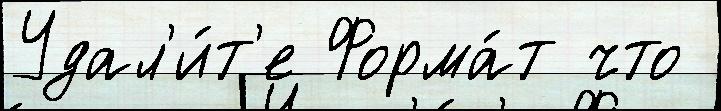
Удал'и́т'е Форма́т что